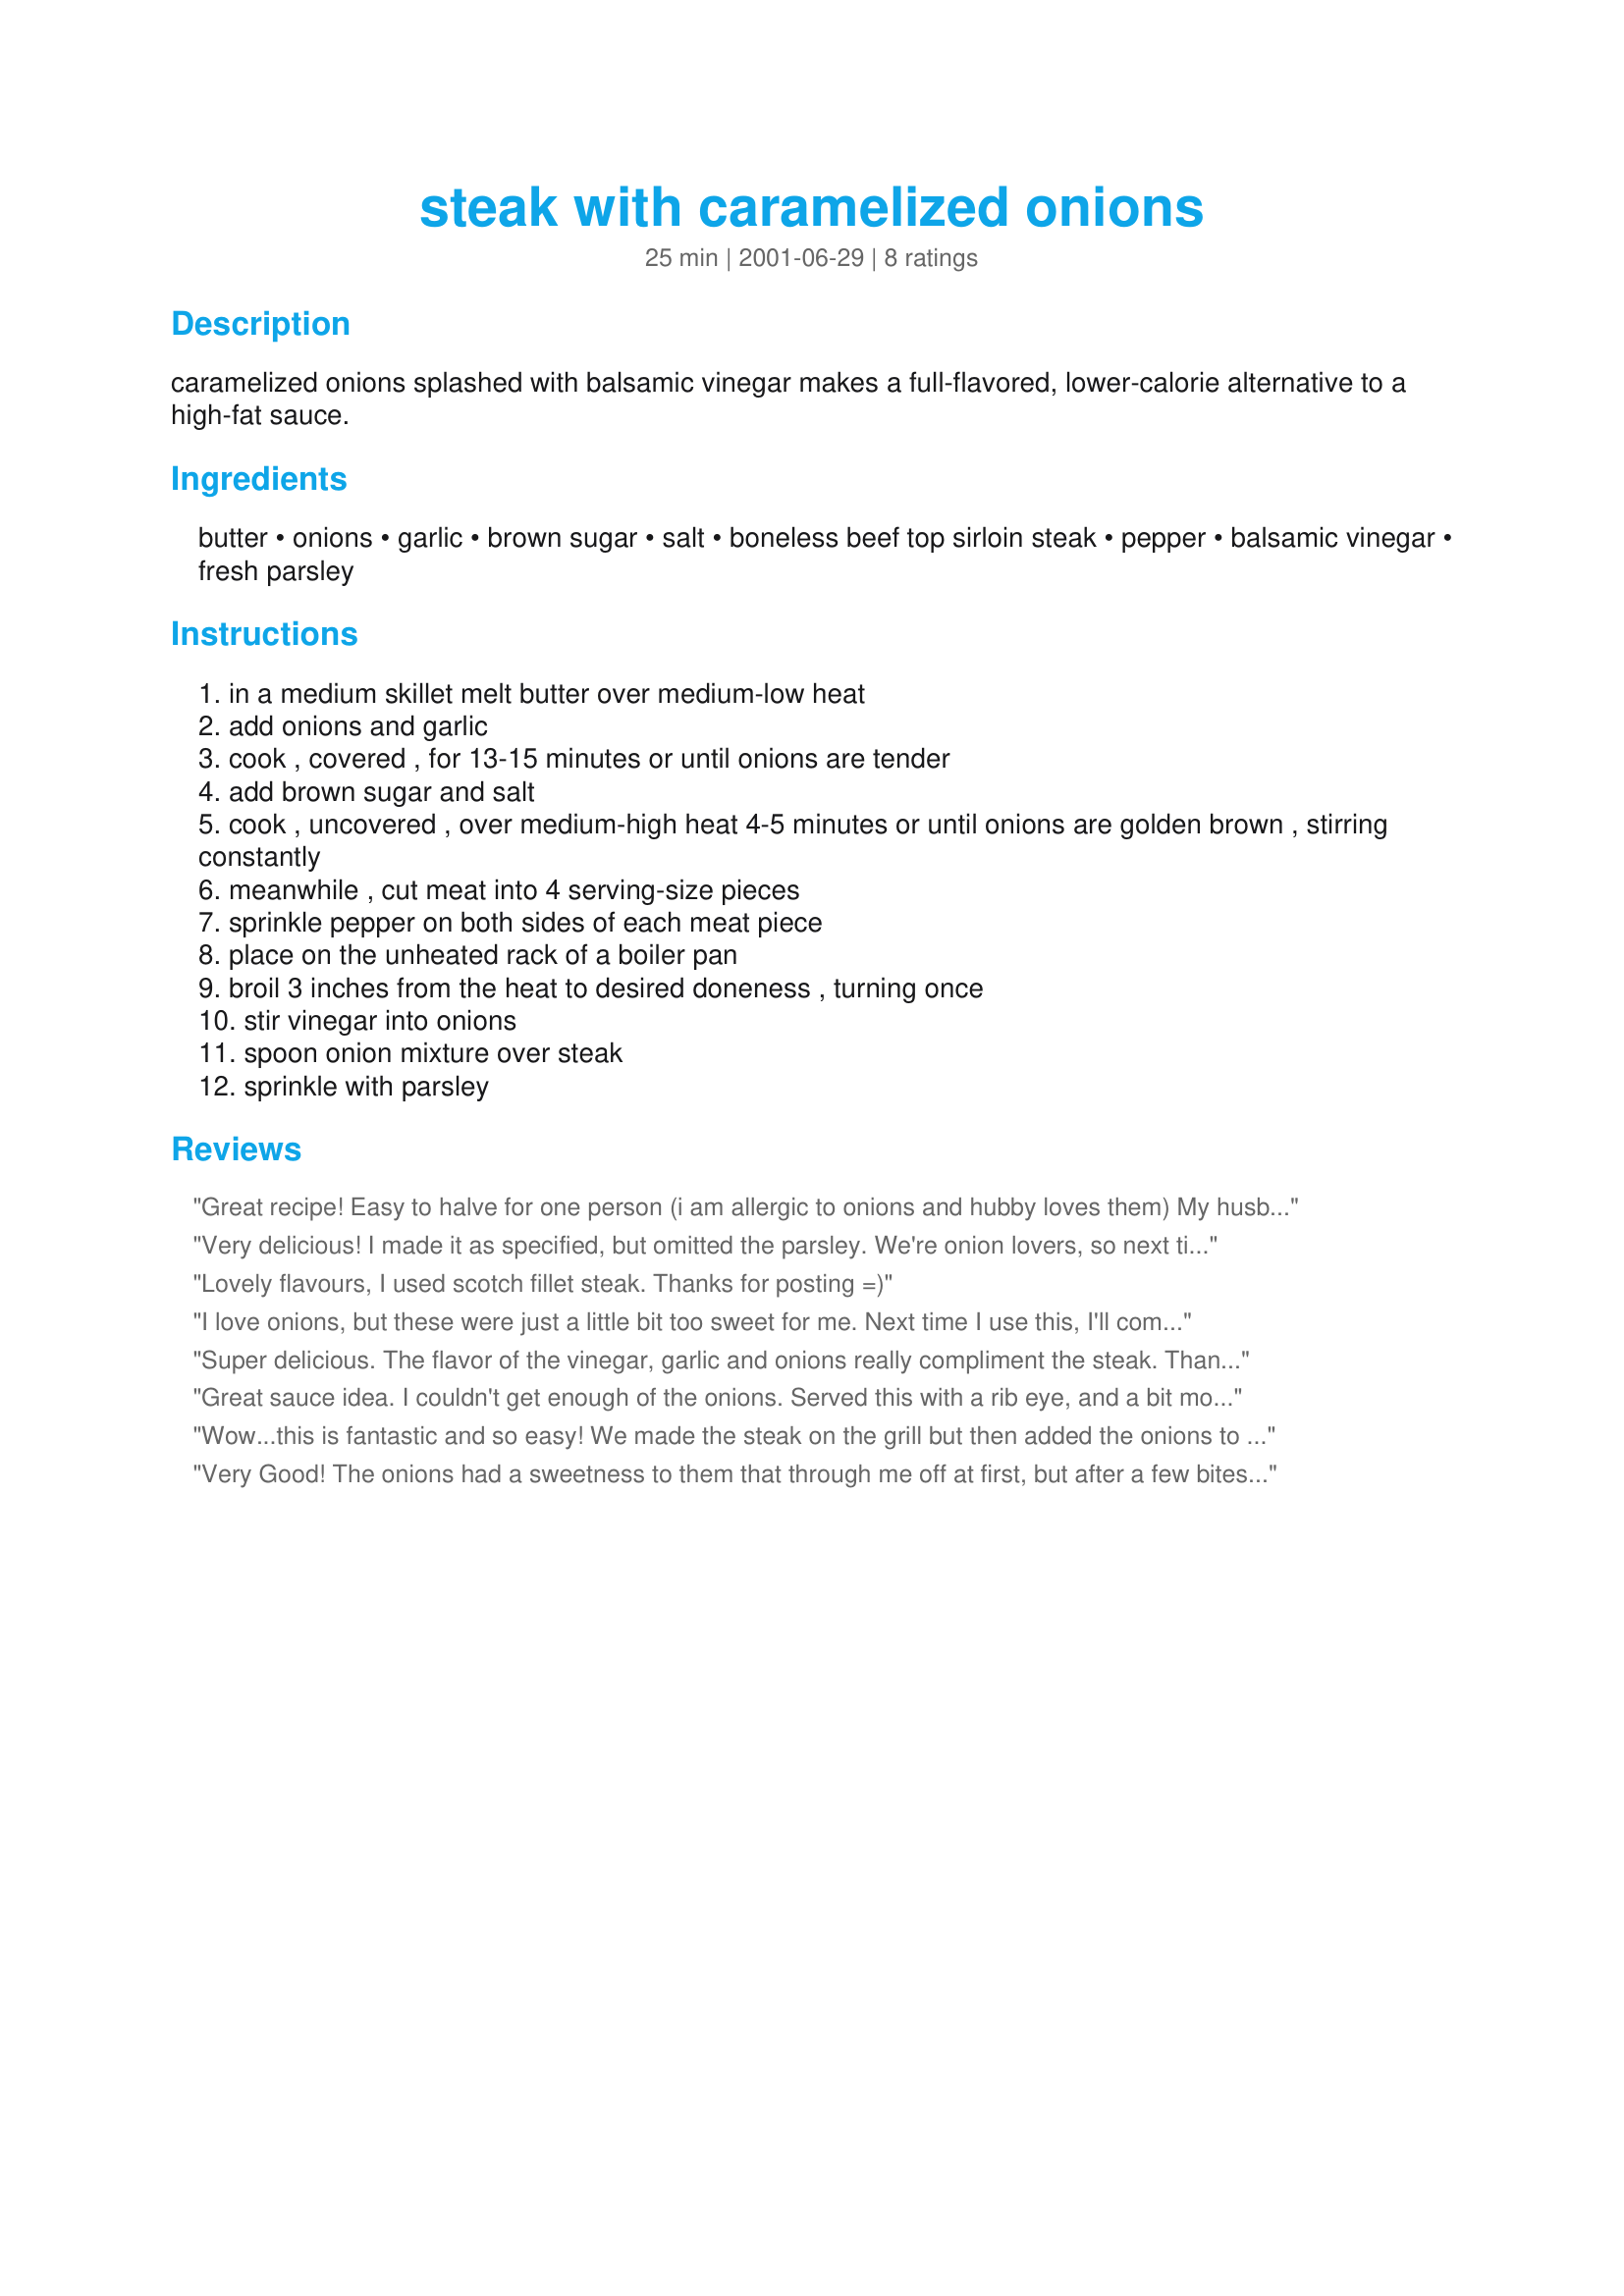
steak with caramelized onions
Preparation time: 25 minutes

caramelized onions splashed with balsamic vinegar makes a full-flavored, lower-calorie alternative to a high-fat sauce.

Ingredients:
butter, onions, garlic, brown sugar, salt, boneless beef top sirloin steak, pepper, balsamic vinegar, fresh parsley

Steps:
in a medium skillet melt butter over medium-low heat
add onions and garlic
cook , covered , for 13-15 minutes or until onions are tender
add brown sugar and salt
cook , uncovered , over medium-high heat 4-5 minutes or until onions are golden brown , stirring constantly
meanwhile , cut meat into 4 serving-size pieces
sprinkle pepper on both sides of each meat piece
place on the unheated rack of a boiler pan
broil 3 inches from the heat to desired doneness , turning once
stir vinegar into onions
spoon onion mixture over steak
sprinkle with parsley

Reviews:
Great recipe! Easy to halve for one person (i am allergic to onions and hubby loves them) My husband went nuts over these onions and started eating them out of the skillet! He had them on his steak, his potatoes, his garlic bread... everything he could! I will definitely make this all the time. 
I used sweet onions so I did reduce the brown sugar.
Very delicious! I made it as specified, but omitted the parsley. We're onion lovers, so next time I will double the recipe for the onions. Served it with a side of peas and when they mingled with the onions and sauce they were out of this world.
Lovely flavours, I used scotch fillet steak.
Thanks for posting =)
I love onions, but these were just a little bit too sweet for me. Next time I use this, I'll completely omit the brown sugar. Thanks for sharing.
Super delicious. The flavor of the vinegar, garlic and onions really compliment the steak. Thanks!!
Great sauce idea. I couldn't get enough of the onions. Served this with a rib eye, and a bit more balsamic splashed on the steak after cooking before I plated it with the sauce. But don't be surprised if I start using this same technique on top of broccoli or beans ;-)
Wow...this is fantastic and so easy! We made the steak on the grill but then added the onions to the platter after the steaks were grilled. Delicious! The aroma in the house made you want to eat the onions right out of the pan! I can see these onions being very versitile, as other reviewers said. I put them on my mashed potatoes and think they would be great on just about anything! Thank you!
Very Good! The onions had a sweetness to them that through me off at first, but after a few bites I really enjoyed them! The only change I made was to add salt after I "peppered" the steaks before broiling. Very Yummy!
